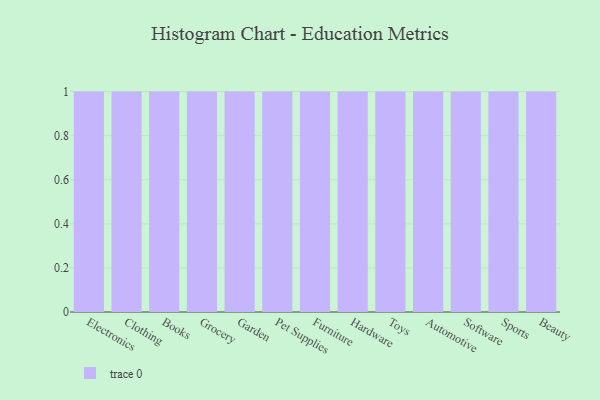
{"axis": {"x": "Category", "y": "Page Views"}, "legend": [""], "data": [{"x": "Electronics", "y": 88, "type": ""}, {"x": "Clothing", "y": 5, "type": ""}, {"x": "Books", "y": 85, "type": ""}, {"x": "Grocery", "y": 45, "type": ""}, {"x": "Garden", "y": 46, "type": ""}, {"x": "Pet Supplies", "y": 53, "type": ""}, {"x": "Furniture", "y": 77, "type": ""}, {"x": "Hardware", "y": 5, "type": ""}, {"x": "Toys", "y": 4, "type": ""}, {"x": "Automotive", "y": 29, "type": ""}, {"x": "Software", "y": 84, "type": ""}, {"x": "Sports", "y": 39, "type": ""}, {"x": "Beauty", "y": 49, "type": ""}]}